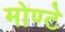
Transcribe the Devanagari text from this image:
मोण्टे